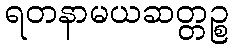
ရတနာမယဆတ္တဉ္စ